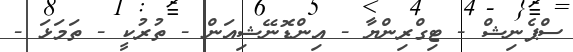
ސްޕެނިޝް - ޓިގްރިންޔާ - އިންޑޮނޭޝިއަން - ތުރުކީ - ތަމަޅަ -